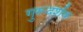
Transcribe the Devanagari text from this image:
गुरूदर्शक